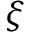
\xi